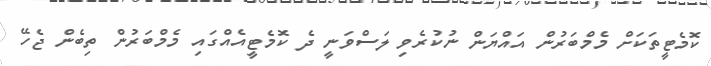
ކޮމެޓީތަކަށް މެމްބަރުން އައްޔަން ނުކުރެވި ލަސްވަނީ ދެ ކޮމެޓީއެއްގައި މެމްބަރުން ތިބެން ޖެހޭ